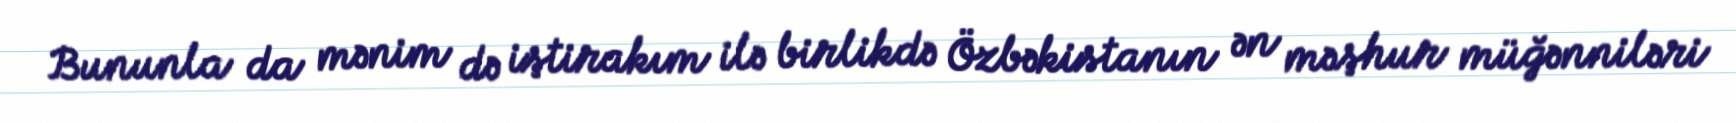
Bununla da mənim də iştirakım ilə birlikdə Özbəkistanın ən məşhur müğənniləri